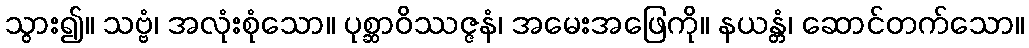
သွား၍။ သဗ္ဗံ၊ အလုံးစုံသော။ ပုစ္ဆာဝိဿဇ္ဇနံ၊ အမေးအဖြေကို။ နယန္တံ၊ ဆောင်တက်သော။